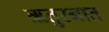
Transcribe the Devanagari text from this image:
ऋतुस्नात